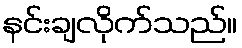
နင်းချလိုက်သည်။